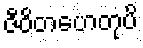
ဇီဝိတဟေတုပိ